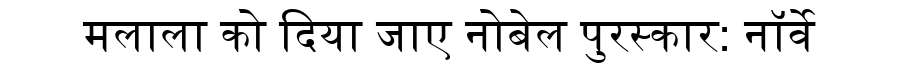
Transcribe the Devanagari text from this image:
मलाला को दिया जाए नोबेल पुरस्कार: नॉर्वे